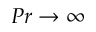
P r \rightarrow \infty